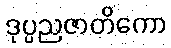
ဒုပ္ပညဇာတိကော